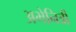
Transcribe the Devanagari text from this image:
अभेनित्री